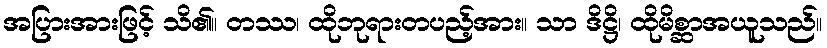
အပြားအားဖြင့် သိ၏။ တဿ၊ ထိုဘုရားတပည့်အား။ သာ ဒိဋ္ဌိ၊ ထိုမိစ္ဆာအယူသည်။